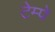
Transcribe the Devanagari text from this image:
टेम्पे